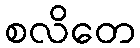
စလိတေ